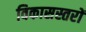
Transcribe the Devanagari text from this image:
विकासस्तरों